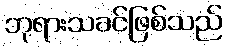
ဘုရားသခင်ဖြစ်သည်